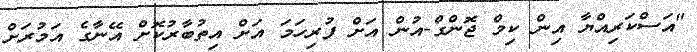
"އަސްކަރިއްޔާ އިން ކިމް ޖޮންގް-އުން އަށް ފުރިހަމަ އަށް އިތުބާރުކޮށް އޭނާގެ އަމުރަށް